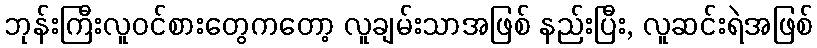
ဘုန်းကြီးလူဝင်စားတွေကတော့ လူချမ်းသာအဖြစ် နည်းပြီး, လူဆင်းရဲအဖြစ်